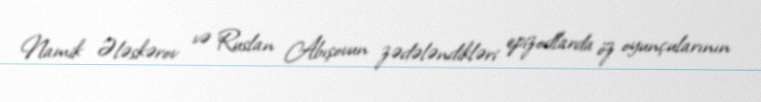
Namik Ələskərov və Ruslan Abışovun zədələndikləri epizodlarda öz oyunçularının